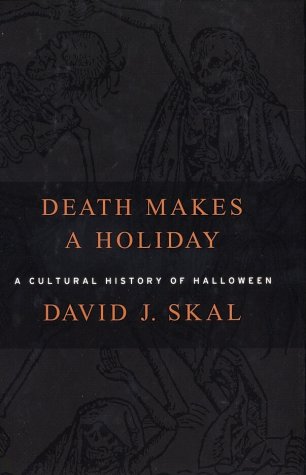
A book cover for Death Makes a Holiday: A Cultural History of Halloween; David J. Skal; Politics & Social Sciences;